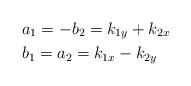
LaTeX: \begin{align*} & {{a}_{1}}=-{{b}_{2}}={{k}_{1y}}+{{k}_{2x}} \\ & {{b}_{1}}={{a}_{2}}={{k}_{1x}}-{{k}_{2y}} \end{align*}